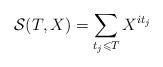
LaTeX: \begin{align*}\mathcal{S}(T, X) = \sum_{t_{j} \leqslant T} X^{it_{j}}\end{align*}